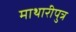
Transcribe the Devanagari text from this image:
माथारीपुत्र